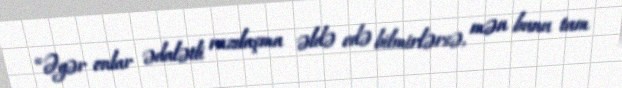
“Əgər onlar ədalətli razılaşma əldə edə bilmirlərsə, mən bunu tam